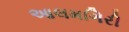
આલમગિરી